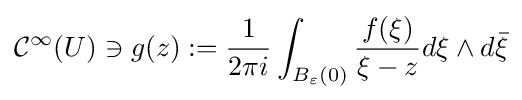
{\mathcal {C}}^{\infty }(U)\ni g(z):={\frac {1}{2\pi i}}\int _{B_{\varepsilon }(0)}{\frac {f(\xi )}{\xi -z}}d\xi \wedge d{\bar {\xi }}